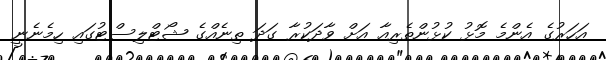
އަހަރުގެ އެންމެ މޮޅު ކުޅުންތެރިއާ އަށް ވާދަކުރާ ގަދަ ތިނެއްގެ ޝޯޓްލިސްޓުގައި ހިމެނެނީ